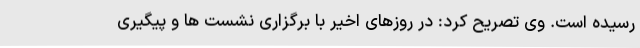
رسیده است. وی تصریح کرد: در روزهای اخیر با برگزاری نشست ها و پیگیری